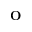
{ \bf O }